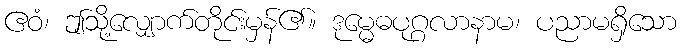
ဧဝံ၊ ဤသို့လျှောက်တိုင်းမှန်၏။ ဒုမ္မေဓပုဂ္ဂလာနာမ၊ ပညာမရှိသော